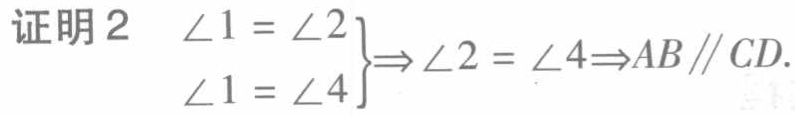
证明2
$\left.\begin{array}{l}
\angle 1 = \angle 2\\
\angle 1 = \angle 4
\end{array}\right\} \Rightarrow \angle 2 = \angle 4\Rightarrow AB\parallel CD.$